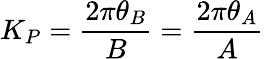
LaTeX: K_{P}=\frac{2\pi\theta_{B}}{B}=\frac{2\pi\theta_{A}}{A}